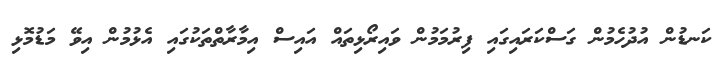
ކަނޑުން އުދުހެމުން ގަސްކަރައިގައި ފިރުމަމުން ވައިރޯޅިތައް އައިސް އިމާރާތްތަކުގައި އެޅުމުން އިވޭ މަޑުމޮޅި